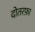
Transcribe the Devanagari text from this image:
दोतरफ़ा